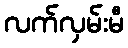
လက်လှမ်းမီ